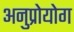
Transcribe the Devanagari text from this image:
अनुप्रोयोग